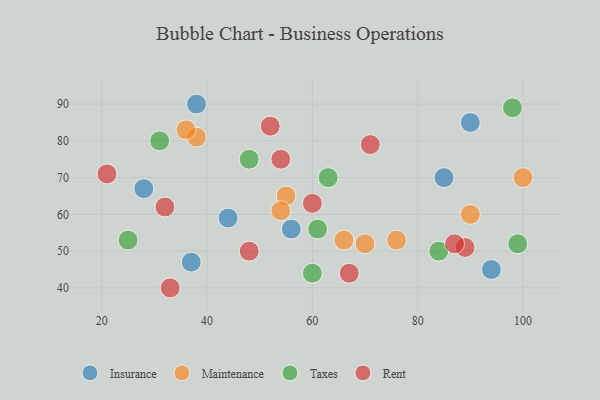
{"axis": {"x": "GDP", "y": "Life Expectancy"}, "legend": ["Insurance", "Maintenance", "Rent", "Taxes"], "data": [{"x": "28", "y": 67, "type": "Insurance"}, {"x": "85", "y": 70, "type": "Insurance"}, {"x": "56", "y": 56, "type": "Insurance"}, {"x": "37", "y": 47, "type": "Insurance"}, {"x": "38", "y": 90, "type": "Insurance"}, {"x": "44", "y": 59, "type": "Insurance"}, {"x": "94", "y": 45, "type": "Insurance"}, {"x": "90", "y": 85, "type": "Insurance"}, {"x": "66", "y": 53, "type": "Maintenance"}, {"x": "90", "y": 60, "type": "Maintenance"}, {"x": "76", "y": 53, "type": "Maintenance"}, {"x": "70", "y": 52, "type": "Maintenance"}, {"x": "38", "y": 81, "type": "Maintenance"}, {"x": "55", "y": 65, "type": "Maintenance"}, {"x": "36", "y": 83, "type": "Maintenance"}, {"x": "100", "y": 70, "type": "Maintenance"}, {"x": "54", "y": 61, "type": "Maintenance"}, {"x": "84", "y": 50, "type": "Taxes"}, {"x": "25", "y": 53, "type": "Taxes"}, {"x": "99", "y": 52, "type": "Taxes"}, {"x": "61", "y": 56, "type": "Taxes"}, {"x": "31", "y": 80, "type": "Taxes"}, {"x": "98", "y": 89, "type": "Taxes"}, {"x": "48", "y": 75, "type": "Taxes"}, {"x": "60", "y": 44, "type": "Taxes"}, {"x": "63", "y": 70, "type": "Taxes"}, {"x": "33", "y": 40, "type": "Rent"}, {"x": "71", "y": 79, "type": "Rent"}, {"x": "54", "y": 75, "type": "Rent"}, {"x": "89", "y": 51, "type": "Rent"}, {"x": "52", "y": 84, "type": "Rent"}, {"x": "21", "y": 71, "type": "Rent"}, {"x": "67", "y": 44, "type": "Rent"}, {"x": "32", "y": 62, "type": "Rent"}, {"x": "48", "y": 50, "type": "Rent"}, {"x": "87", "y": 52, "type": "Rent"}, {"x": "60", "y": 63, "type": "Rent"}]}